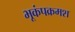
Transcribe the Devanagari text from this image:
भूकंपक्रमश